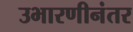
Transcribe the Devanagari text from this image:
उभारणीनंतर